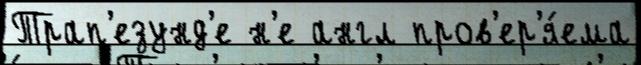
Трап'езунд'е н'е англ пров'ер'я́ема